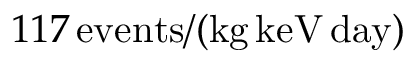
1 1 7 \, \mathrm { e v e n t s } / ( \mathrm { k g } \, \mathrm { k e V } \, \mathrm { d a y } )